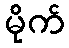
မိုက်